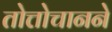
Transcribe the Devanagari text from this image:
तोत्तोचानने